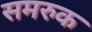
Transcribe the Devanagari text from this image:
समरुक